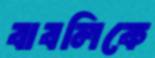
বাবলিকে